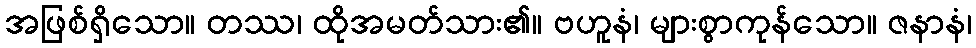
အဖြစ်ရှိသော။ တဿ၊ ထိုအမတ်သား၏။ ဗဟူနံ၊ များစွာကုန်သော။ ဇနာနံ၊